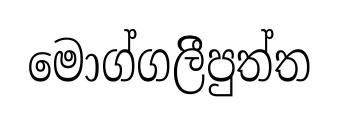
මොග්ගලිීපුත්ත